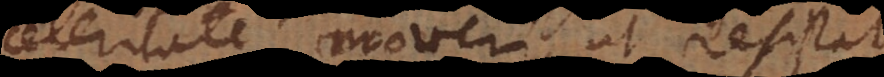
celeritate moveri, ut resistat